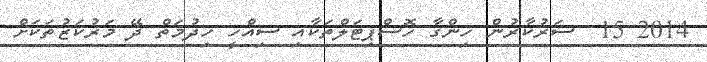
2014 15  ސަރުކާރުން ހިންގާ ހޮސްޕިޓަލްތަކާއި ސިއްހީ ހިދުމަތް ދޭ މަރުކަޒުތަކަށް